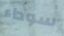
سوداء